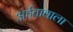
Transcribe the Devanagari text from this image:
अर्हतावाला